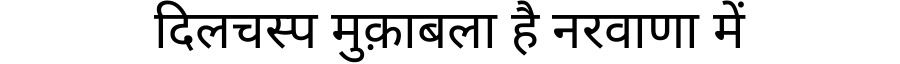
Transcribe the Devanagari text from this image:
दिलचस्प मुक़ाबला है नरवाणा में